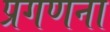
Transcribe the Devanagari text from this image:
प्रगणना